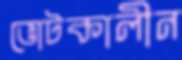
ভোটকালীন